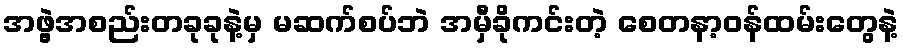
အဖွဲ့အစည်းတခုခုနဲ့မှ မဆက်စပ်ဘဲ အမှီခိုကင်းတဲ့ စေတနာ့ဝန်ထမ်းတွေနဲ့